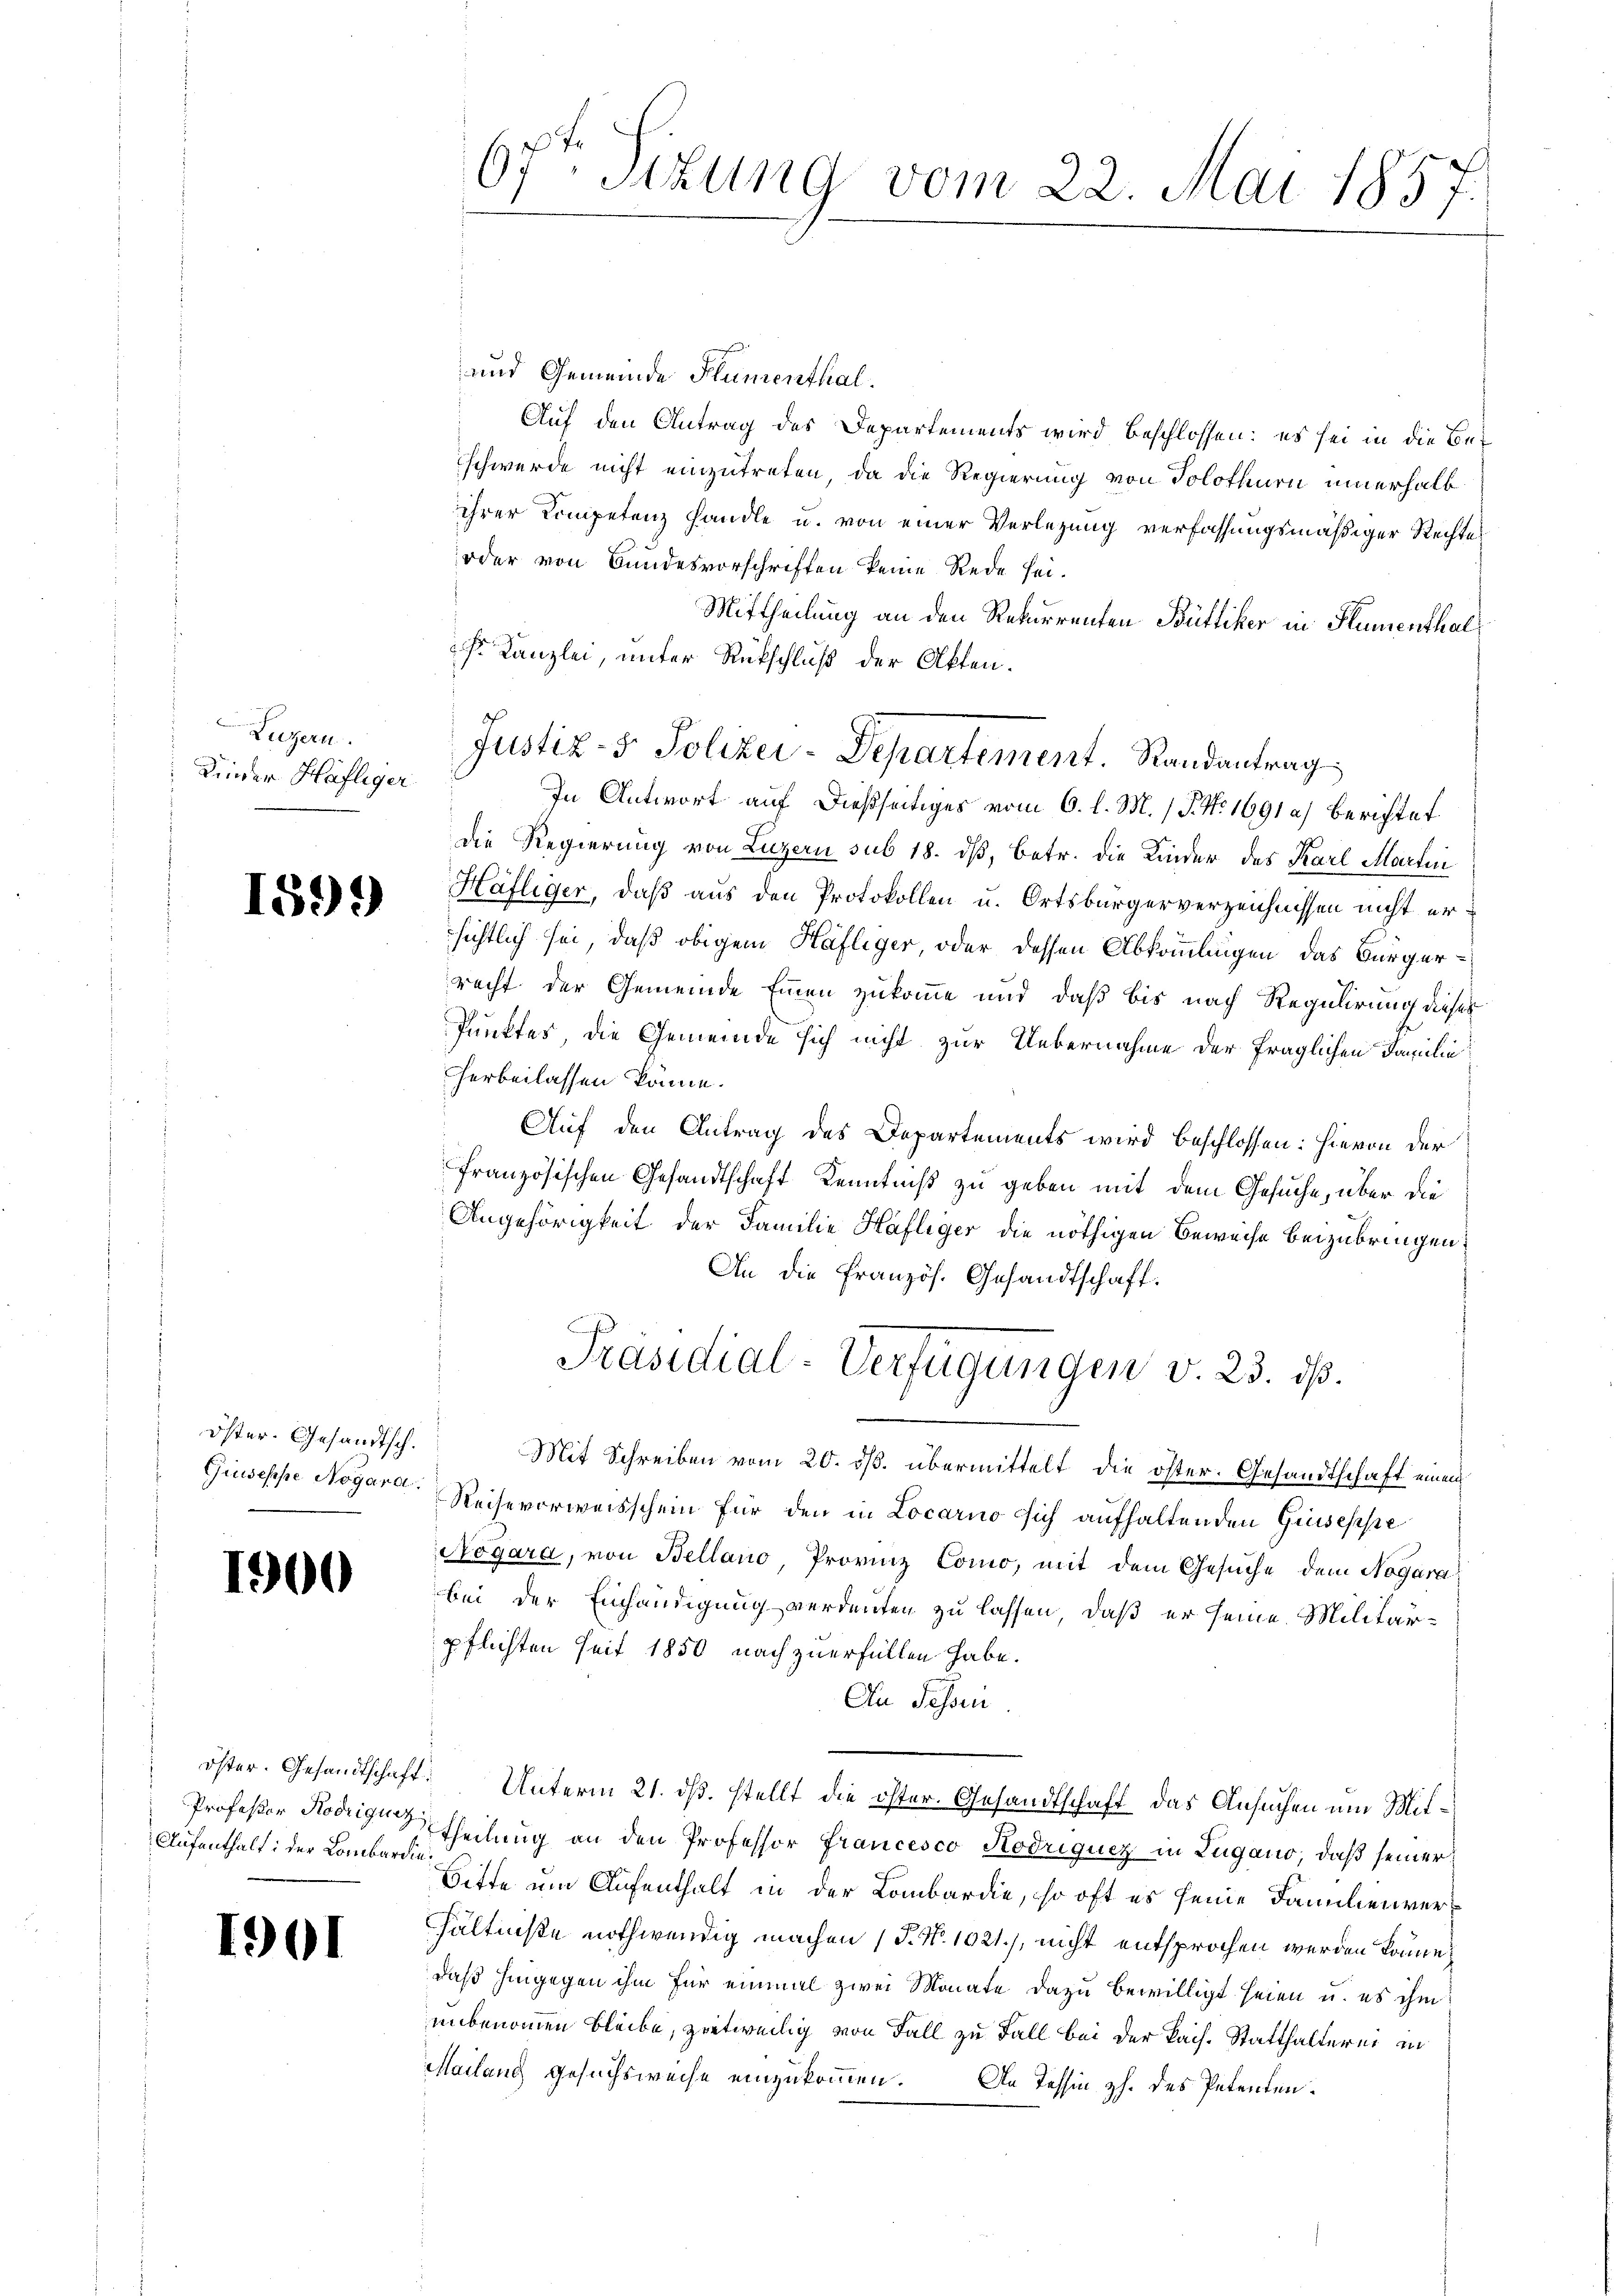
Luzern.
Kinder Häfliger

1599

Öster- Gesandtsch.

1900

Aufenthalt: der Lombardin

1901

und Gemeinde Flumenthal.
Auf den Antrag des Departements wird beschlossen: es sei in die Beschwerde nicht einzutreten, da die Regierung von Solothurn innerhalb
ihrer Competenz handle u. von einer Verlegung verfassungsmäßiger Rechte
oder von Bundesvorschriften keine Rede sei.
Mittheilung an den Rekurrenten Büttiker in Humenthal¬
 Kanzlei, unter Rückschluß der Akten.
In Antwort auf dießseitiges vom 6. l. M. P. Nr. 1691 a) berichtet
die Regierung von Luzern sub 18. dβ, betr. die Kinder des Karl Martini
Häfliger, daß aus den Protokollen u. Ortsbürgerverzeichnissen nicht ersichtlich sei, daß obigem Häfliger, oder dessen Abkömmlingen das Bürgerrecht der Gemeinde Einen zukomme und daß bis nach Regulirung dieses
Punktes, die Gemeinde sich nicht zur Uebernahme der fraglichen Familie
herbeilassen könne.
Auf den Antrag des Departements wird beschlossen: hievon der
französischen Gesandtschaft Kenntniß zu geben mit dem Gesuche, über die
Angehörigkeit der Familie Häfliger die nöthigen Beweise beizubringen.
An die Französ. Gesandtschaft.
Präsidial-Verfügungen v. 23. ds.
Mit Schreiben vom 20. ds. übermittelt die öster. Gesandtschaft einem
Giuseppe Nogar Reihevorweisschein für den in Locarno sich aufhaltenden Giuseppe
Nogara, von Bellano, Provinz Como, mit dem Gesuche dem Nogarabei der Einhändigung verdenten zu lassen, daß er seine Militärpflichten seit 1850 nach zuerfüllen habe.
An Schrei
öster. Gesandtschaft. Unterm 21. ds. stellt die öster. Gesandtschaft das Ansuchen um Mit¬
Professor Modrigen Theilung an den Professor Francesco Kodriquez in Lugano, daß seiner
Bitte um Aufenthalt in der Lombardie, so oft es seine Familienverhältniße nothwendig machen (T. N. 1021.), nicht entsprochen werden könne.
daß hingegen ihm für einmal zwei Monate dazu bewilligt seien u. es ihm
unbenommen bleibe, zietweilig von Fall zu Fall bei der kais. Statthalterei in
Mailang gesuchsweise einzukommen. An Tessin z. des Petenten¬

6fr. Sizung vom 22. Mai 1857.

Justiz- & Polizei-Departement. Randantrag